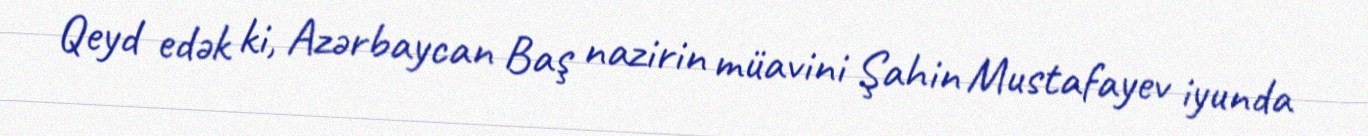
Qeyd edək ki, Azərbaycan Baş nazirin müavini Şahin Mustafayev iyunda